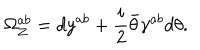
\Omega _ { Z } ^ { a b } = d y ^ { a b } + { \frac { i } { 2 } } \bar { \theta } \gamma ^ { a b } d \theta .